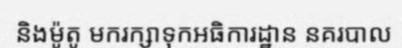
និងម៉ូតូ មករក្សាទុកអធិការដ្ឋាន នគរបាល